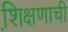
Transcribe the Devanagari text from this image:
शि़क्षणाची